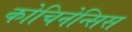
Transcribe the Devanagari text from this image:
कोचिनेन्सिस